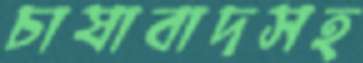
চাষাবাদসহ